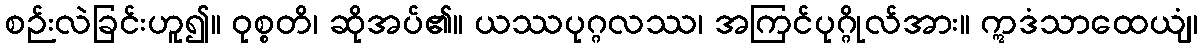
စဉ်းလဲခြင်းဟူ၍။ ဝုစ္စတိ၊ ဆိုအပ်၏။ ယဿပုဂ္ဂလဿ၊ အကြင်ပုဂ္ဂိုလ်အား။ ဣဒံသာထေယျံ၊